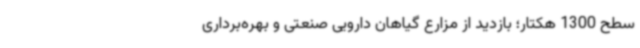
سطح 1300 هکتار؛ بازدید از مزارع گیاهان دارویی صنعتی و بهره‌برداری